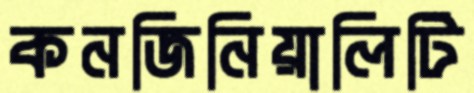
কনজিনিয়ালিটি